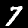
Digit: 7